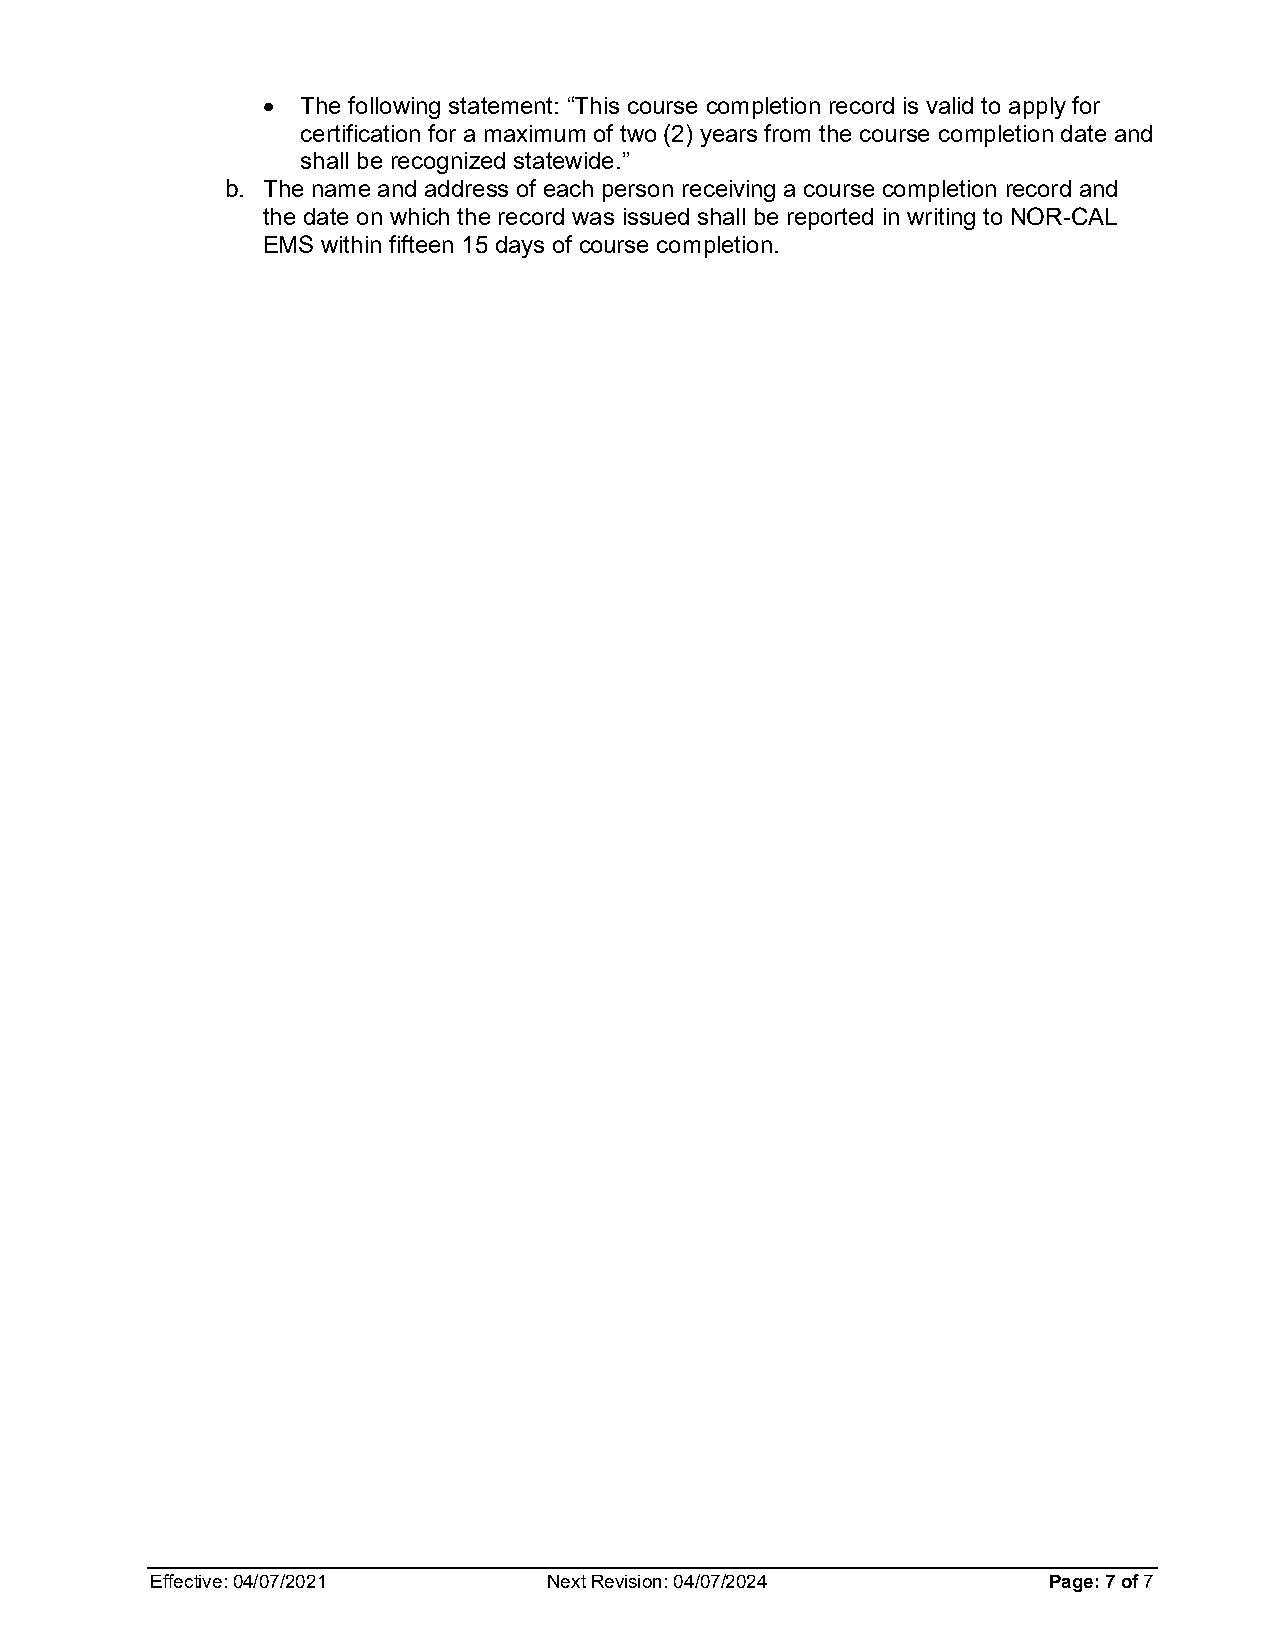
•  The following statement: “This course completion record is valid to apply for
 certification for a maximum of two (2) years from the course completion date and
 shall be recognized statewide.”
 b. The name and address of each person receiving a course completion record and
 the date on which the record was issued shall be reported in writing to NOR-CAL
 EMS within fifteen 15 days of course completion.
 Effective: 04/07/2021     Next Revision: 04/07/2024        Page: 7 of 7